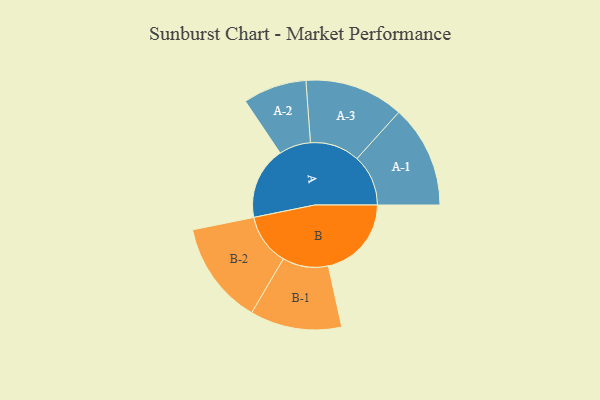
{"axis": {"x": "Segment", "y": "Value"}, "legend": ["", "A", "B"], "data": [{"x": "A", "y": 371, "type": ""}, {"x": "B", "y": 426, "type": ""}, {"x": "A-1", "y": 263, "type": "A"}, {"x": "A-2", "y": 163, "type": "A"}, {"x": "A-3", "y": 254, "type": "A"}, {"x": "B-1", "y": 235, "type": "B"}, {"x": "B-2", "y": 264, "type": "B"}]}